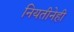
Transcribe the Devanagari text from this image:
नियतीनेही